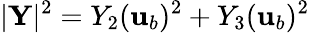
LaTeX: |\mathbf{Y}|^{2}=Y_{2}({\mathbf{u}}_{b})^{2}+Y_{3}({\mathbf{u}}_{b})^{2}